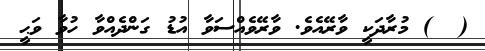
(  ) މުރާދަކީ ވާރޭއެވެ. ވާރޭވެއްސަވާ އުޑު ގަންދެއްވާ ހުވާ ވަޙީ